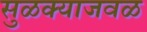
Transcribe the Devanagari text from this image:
सुळक्याजवळ